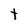
Character: t